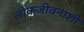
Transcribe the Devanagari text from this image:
लोकजीवनाशी